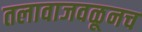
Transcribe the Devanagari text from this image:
तलावाजवळूनच